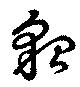
貂